Indian Civil Veterinary Department memoirs
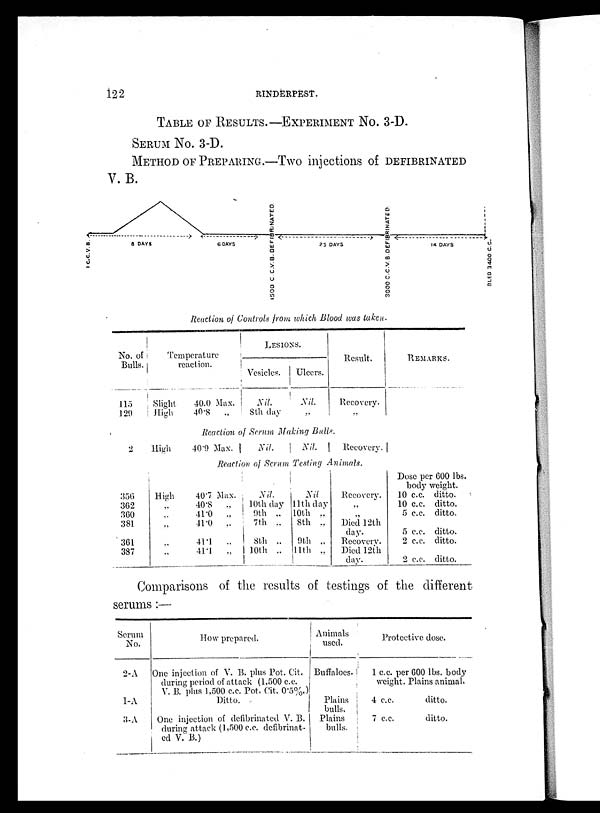
122
RINDERPEST.
TABLE OF RESULTS.-EXPERIMENT NO. 3-D.
SERUM No. 3-D.
METHOD OF PREPARING.—Two injections of DEFIBRINATED
V. B.
Reaction of Controls from which Blood was taken.
No. of
Bulls.
115
120
2
356
362
360
381
361
387
Temperature
reaction.
Slight
High
High
High
„
„
„
„
„
40.0 Max.
40.8
„
Lesions.
Vesicles.
Nil.
8th day
Ulcers.
Nil.
„
Result.
Recovery.
„
Reaction of Serum Making Bulls.
40.9 Max.
Nil.
Nil.
Recovery.
Reaction of Serum Testing Animals.
40.7 Max.
40.8
„
41.0
„
41.0
„
41.1
„
411
„
Nil.
10th day
9th „
7th „
8th „
10th „
Nil
11th day
10th „
8th „
9th „
11th „
Recovery.
„
„
Died 12th
day.
Recovery.
Died 12th
day.
Remarks.
Dose per 600 lbs.
body weight.
10 c.c. ditto.
10 c.c. ditto.
5 c.c. ditto.
5 c.c. ditto.
2 c.c. ditto.
2 c.c. ditto.
Comparisons of the results of testings of the different
serums:—
Serum
No.
2.A
1-A
3-A
How prepared.
One injection of V. B. plus Pot. Cit.
during period of attack (1,500 c.c.
V. B. plus 1,500 c.c. Pot. Cit. 0.5%.)
Ditto.
One injection of defibrinated V. B.
during attack (1,500 c.c. defibrinat-
ed V. B.)
Animals
used.
Buffaloes.
Plains
bulls.
Plains
bulls.
Protective dose.
1 c.c. per 600 lbs. body
weight. Plains animal.
4 c.c.
ditto.
7 c.c.
ditto.